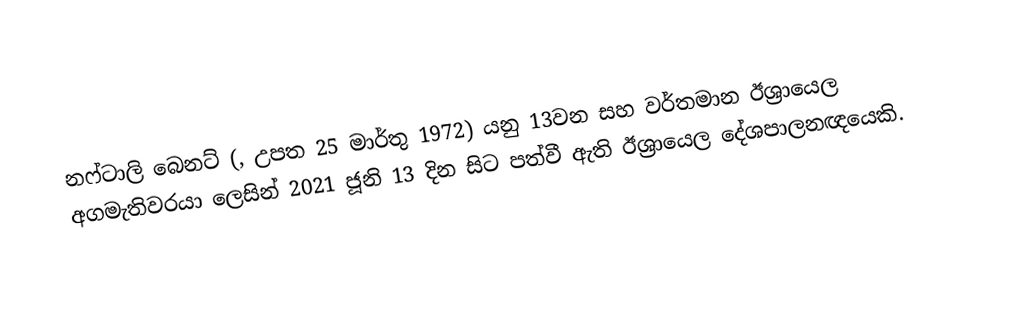
නෆ්ටාලි බෙනට් (, උපත 25 මාර්තු 1972) යනු 13වන සහ වර්තමාන ඊශ්‍රායෙල අගමැතිවරයා ලෙසින්  2021 ජූනි 13 දින සිට පත්වී ඇති ඊශ්‍රායෙල දේශපාලනඥයෙකි.